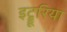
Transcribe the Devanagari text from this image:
इट्रूरिया